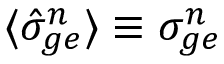
\langle \hat { \sigma } _ { g e } ^ { n } \rangle \equiv \sigma _ { g e } ^ { n }